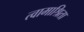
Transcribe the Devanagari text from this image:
त्वामाश्रिता